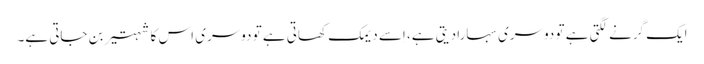
ایک گرنے لگتی ہے تو دوسری سہارا دیتی ہے، اِسے دیمک کھاتی ہے تو دوسری اس کا شہتیر بن جاتی ہے۔